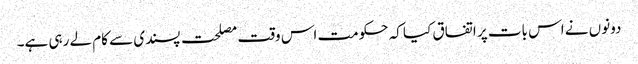
دونوں نے اس بات پر اتفاق کیا کہ حکومت اس وقت مصلحت پسندی سے کام لے رہی ہے۔